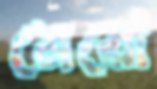
মেরো